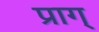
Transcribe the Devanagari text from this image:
प्राग्‌